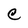
Character: C